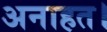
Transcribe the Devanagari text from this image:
अनाहत।